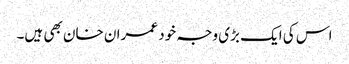
اس کی ایک بڑی وجہ خود عمران خان بھی ہیں۔